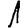
Digit: 1